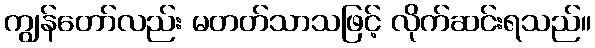
ကျွန်တော်လည်း မတတ်သာသဖြင့် လိုက်ဆင်းရသည်။